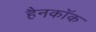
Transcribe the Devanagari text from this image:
हैनकाॅक